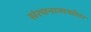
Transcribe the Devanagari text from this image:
संरचनात्मकोत्तर